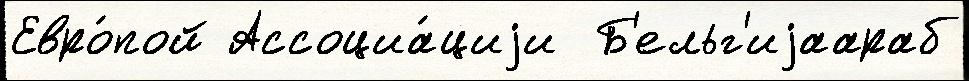
Евро́пой Ассоциа́циjи  Б'ельг'иjаараб